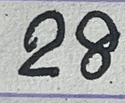
28